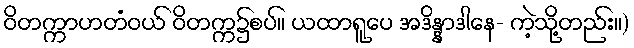
ဝိတက္ကာဟတံဝယ် ဝိတက္က၌စပ်။ ယထာရူပေ အဒိန္နာဒါနေ- ကဲ့သို့တည်း။)